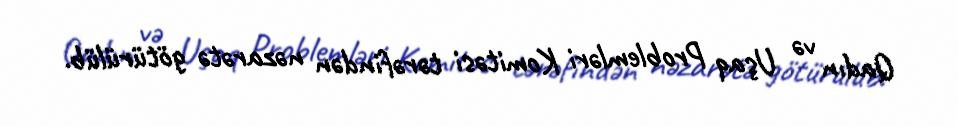
Qadın və Uşaq Problemləri Komitəsi tərəfindən nəzarətə götürülüb.